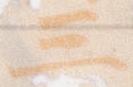
三